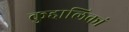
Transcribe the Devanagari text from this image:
कुद्दालिकां